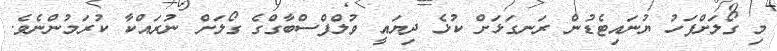
މި ގޯލަށްފަހު ޔުނައިޓެޑުން ރަނގަޅަށް ކުޅެ ދިޔައީ ވުލްފްސްބާގްގެ ގޯލަށް ނުރައްކާ ކުރަމުންނެވެ.